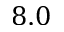
8 . 0